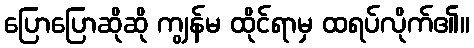
ပြောပြောဆိုဆို ကျွန်မ ထိုင်ရာမှ ထရပ်လိုက်၏။